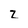
Character: z